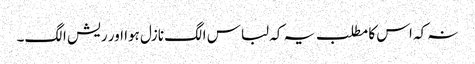
نہ کہ اس کا مطلب یہ کہ لباس الگ نازل ہوا اور ریش الگ۔